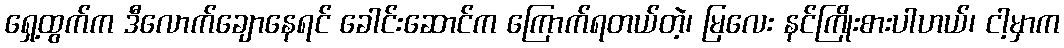
ရှေ့ထွက်က ဒီလောက်ချောနေရင် ခေါင်းဆောင်က ကြောက်ရတယ်တဲ့၊ မြလေး နင်ကြိုးစားပါဟယ်၊ ငါ့မှာက